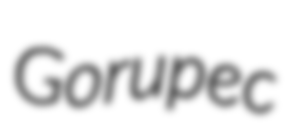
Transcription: Gorupec